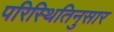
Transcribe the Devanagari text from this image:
परिस्थितिनुसार